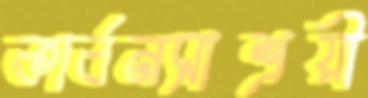
কার্বনসাশ্রয়ী